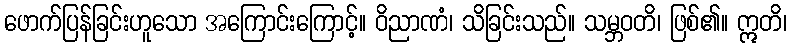
ဖောက်ပြန်ခြင်းဟူသော အကြောင်းကြောင့်။ ဝိညာဏံ၊ သိခြင်းသည်။ သမ္ဘဝတိ၊ ဖြစ်၏။ ဣတိ၊